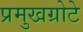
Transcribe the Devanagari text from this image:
प्रमुखग्रोटे